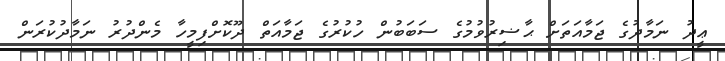
ޢީދު ނަމާދުގެ ޖަމާއަތަށް ޙާޟިރުވުމުގެ ސަބަބުން ހުކުރުގެ ޖަމާއަތް ދޫކޮށްފިމީހާ މެންދުރު ނަމާދުކުރަން